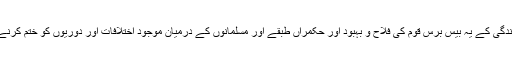
سید احمد خاں کی زندگی کے یہ بیس برس قوم کی فلاح و بہبود اور حکمراں طبقے اور مسلمانوں کے درمیان موجود اختلافات اور دوریوں کو ختم کرنے میں صرف ہوئے ۔